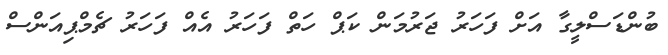
ބުންޑަސްލީގާ އަށް ފަހަރު ޖަރުމަން ކަޕް ހަތް ފަހަރު އެއް ފަހަރު ޗެމްޕިއަންސް